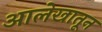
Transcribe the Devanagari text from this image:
आलेखातून